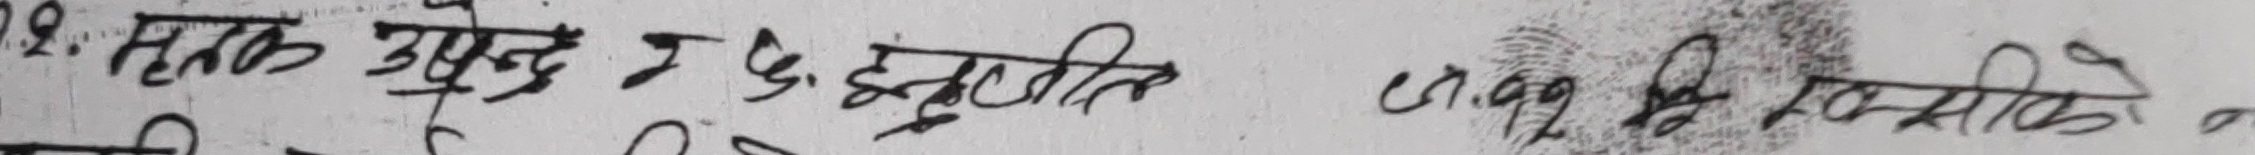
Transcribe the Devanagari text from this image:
१०. अत्तक उपखुदु न धुइबुति ११. की मिसिको